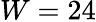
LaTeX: W=24